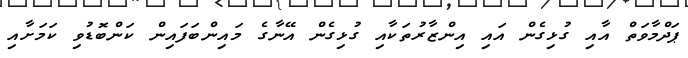
ޕަދްމާވަތް އާއި ގުޅިގެން އައި އިންޒާރުތަކާއި ގުޅިގެން އޭނާގެ މައިންބަފައިން ކަންބޮޑުވި ކަމަށާއި